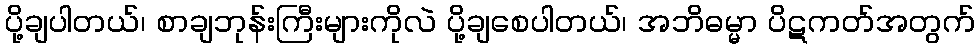
ပို့ချပါတယ်၊ စာချဘုန်းကြီးများကိုလဲ ပို့ချစေပါတယ်၊ အဘိဓမ္မာ ပိဋကတ်အတွက်